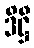
ဒိဋ္ဌီ